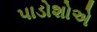
પાડોશોએ